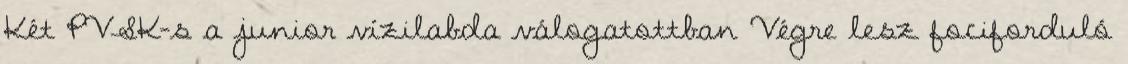
Két PVSK-s a junior vízilabda válogatottban Végre lesz fociforduló